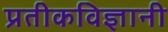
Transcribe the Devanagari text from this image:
प्रतीकविज्ञानी